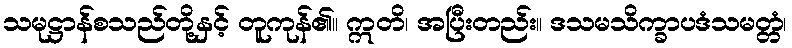
သမုဋ္ဌာန်စသည်တို့နှင့် တူကုန်၏။ ဣတိ၊ အပြီးတည်း။ ဒသမသိက္ခာပဒံသမတ္တံ၊